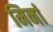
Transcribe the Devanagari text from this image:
मिर्ना